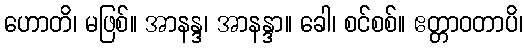
ဟောတိ၊ မဖြစ်။ အာနန္ဒ၊ အာနန္ဒာ။ ခေါ၊ စင်စစ်။ ဧတ္တာဝတာပိ၊